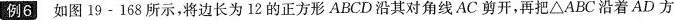
例6 如图19-168所示，将边长为12的正方形ABCD沿其对角线AC剪开，再把\triangle ABC沿着AD方